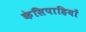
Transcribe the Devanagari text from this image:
केसिपाहियों